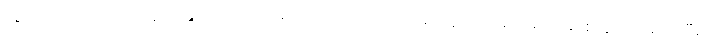
တွံတေးဝ၊ တိုးဝကနေ သခွပ်ပင်ဝထိ ရောက်အောင် ချောင်းတွေကြားမှာ ခဲရာခဲဆစ် ခုတ်မောင်းပြီး